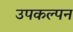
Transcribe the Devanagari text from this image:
उपकल्पन